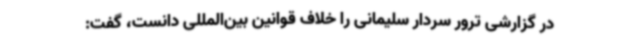
در گزارشی ترور سردار سلیمانی را خلاف قوانین بین‌المللی دانست، گفت: